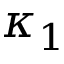
\kappa _ { 1 }